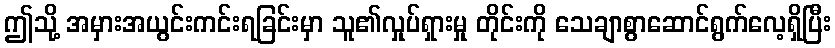
ဤသို့ အမှားအယွင်းကင်းရခြင်းမှာ သူ၏လှုပ်ရှားမှု တိုင်းကို သေချာစွာဆောင်ရွက်လေ့ရှိပြီး